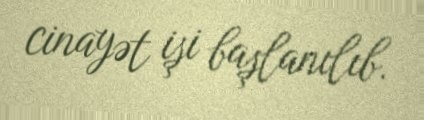
cinayət işi başlanılıb.